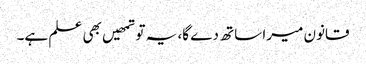
قانون میرا ساتھ دے گا، یہ تو تمھیں بھی علم ہے۔